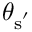
\theta _ { \mathrm { { s } ^ { ' } } }